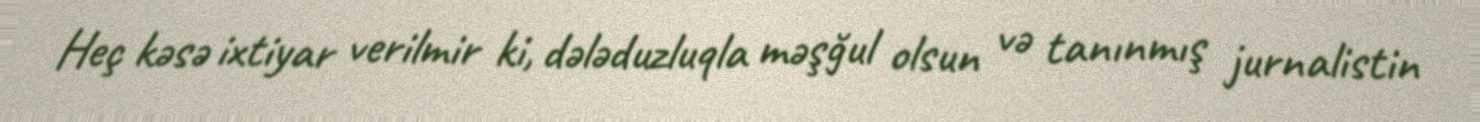
Heç kəsə ixtiyar verilmir ki, dələduzluqla məşğul olsun və tanınmış jurnalistin